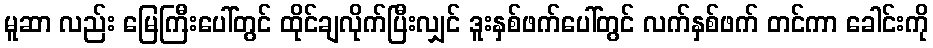
မူဆာ လည်း မြေကြီးပေါ်တွင် ထိုင်ချလိုက်ပြီးလျှင် ဒူးနှစ်ဖက်ပေါ်တွင် လက်နှစ်ဖက် တင်ကာ ခေါင်းကို